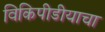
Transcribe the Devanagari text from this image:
विकिपीडीयाचा